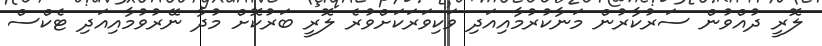
ލޮރީ ދުއްވުން ސަރުކާރުން މަނާކުރުމާއިއަދި ވަކިވަރަކަށްވުރެ ލޮރީ ބަރުކޮށް މުދާ ނޭރުވުމާއިއަދި ޓެކްސް